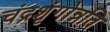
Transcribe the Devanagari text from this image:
चंद्रशृंगोन्नति